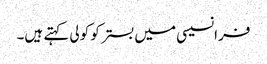
فرانسیسی میں بستر کو کولی کہتے ہیں۔